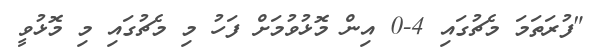
"ފުރަތަމަ މެޗުގައި 4-0 އިން މޮޅުވުމަށް ފަހު މި މެޗުގައި މި މޮޅުވީ